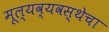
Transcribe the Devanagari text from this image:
मूल्यव्यवस्थेचा